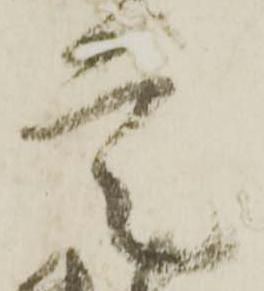
定